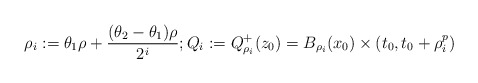
\begin{align*}\rho_i:=\theta_1\rho+\frac{(\theta_2-\theta_1)\rho}{2^i}; Q_i:= Q^+_{\rho_i}(z_0)=B_{\rho_i}(x_0)\times (t_0,t_0+\rho_i^p)\end{align*}